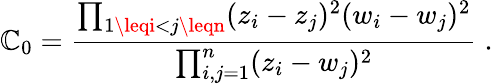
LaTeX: \mathbb{C}_{0}=\frac{{\prod_{1\leqi<j\leqn}(z_{i}-z_{j})^{2}(w_{i}-w_{j})^{2}}}{{\prod_{i,j=1}^{n}(z_{i}-w_{j})^{2}}}\; .